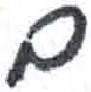
אות: ם